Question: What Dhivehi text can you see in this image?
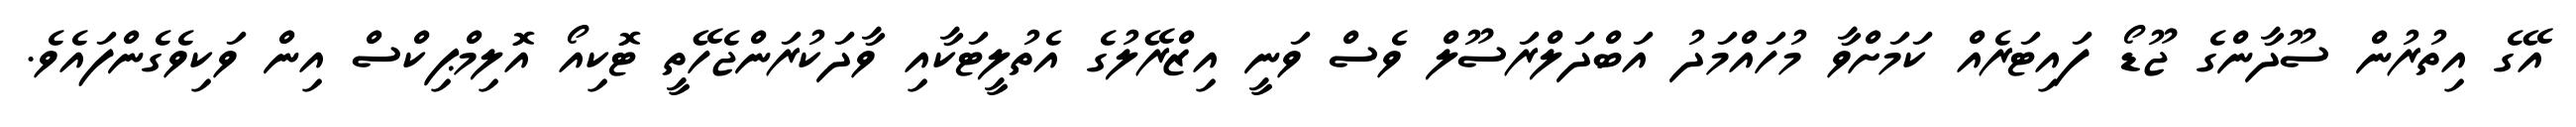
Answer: އޭގެ އިތުރުން ސޫދާންގެ ޖޫޑޯ ފައިޓަރެއް ކަމަށްވާ މުހައްމަދު އަބްދަލްރަސޫލް ވެސް ވަނީ އިޒްރޭލުގެ އެތުލީޓަކާއި ވާދަކުރަންޖެހޭތީ ޓޮކިއޯ އޮލިމްޕިކްސް އިން ވަކިވެގެންފައެވެ.